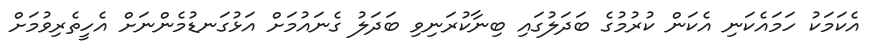
އެކަމަކު ހަމައެކަނި އެކަން ކުރުމުގެ ބަދަލުގައި ބިނާކުރަނިވި ބަދަލު ގެނައުމަށް އަޅުގަނޑުމެންނަށް އެހީތެރިވުމަށް